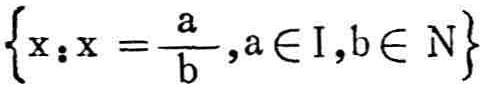
\(\left\{x：x = \frac{a}{b},a\in I,b\in N\right\}\)